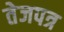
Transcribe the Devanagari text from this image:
तेजपत्र